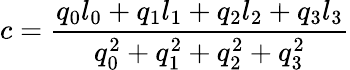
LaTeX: c={\frac{q_{0}l_{0}+q_{1}l_{1}+q_{2}l_{2}+q_{3}l_{3}}{q_{0}^{2}+q_{1}^{2}+q_{2}^{2}+q_{3}^{2}}}